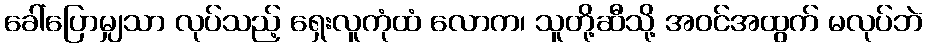
ခေါ်ပြောမျှသာ လုပ်သည့် ရှေးလူကုံထံ လောက၊ သူတို့ဆီသို့ အဝင်အထွက် မလုပ်ဘဲ